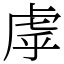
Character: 虖